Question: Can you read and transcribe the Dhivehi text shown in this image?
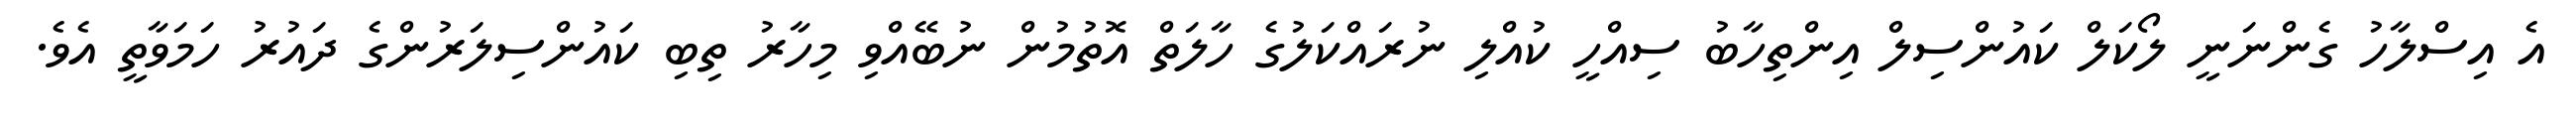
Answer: އެ އިސްލާހު ގެންނަނީ ލޯކަލް ކައުންސިލް އިންތިހާބު ސިއްހީ ކުއްލި ނުރައްކަލުގެ ހާލަތް އޮތުމުން ނުބޭއްވި މިހާރު ތިބި ކައުންސިލަރުންގެ ދައުރު ހަމަވާތީ އެވެ.